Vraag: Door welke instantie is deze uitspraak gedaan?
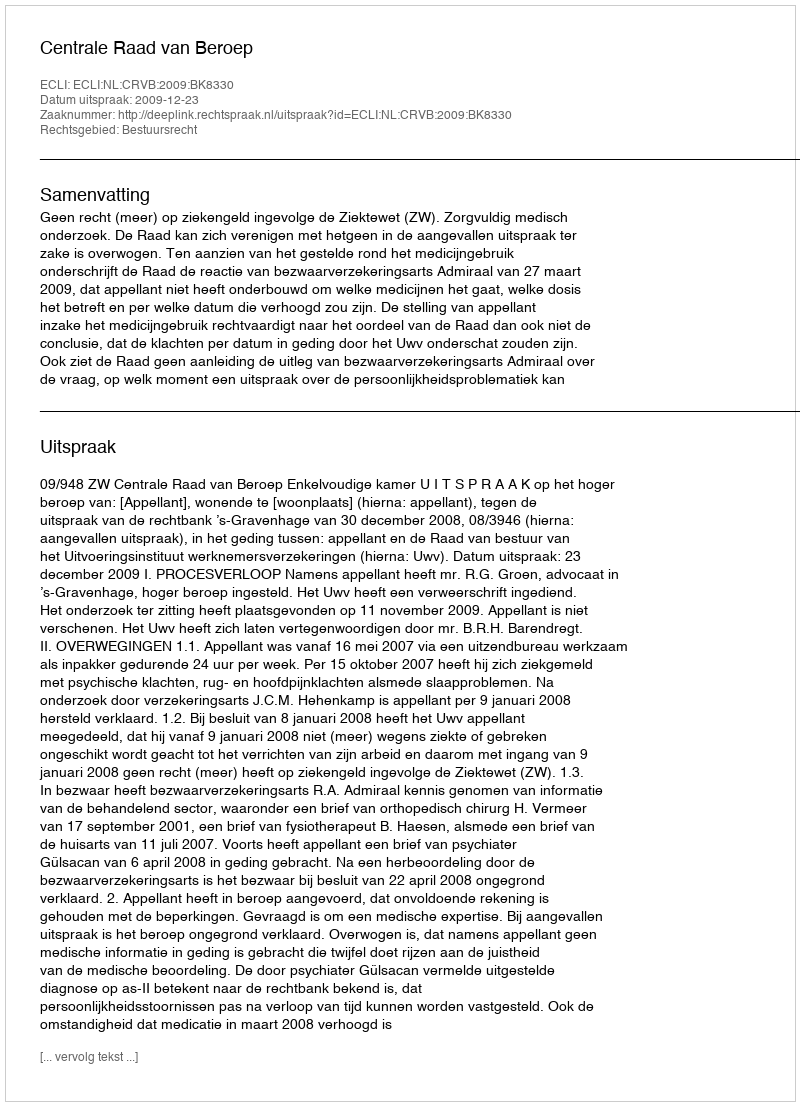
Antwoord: Centrale Raad van Beroep